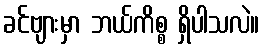
ခင်ဗျားမှာ ဘယ်ကိစ္စ ရှိပါသလဲ။